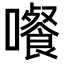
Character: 𡄄